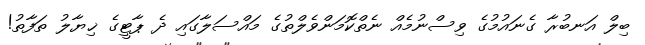
ބިލް އަނބުރާ ގެނައުމުގެ ވިސްނުމެއް ނެތްކޮމަންވެލްތުގެ މައްސަލާގައި ދެ ޕާޓީގެ ޚިޔާލު ތަފާތު!